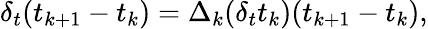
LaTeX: \delta_{t}(t_{k+1}-t_{k})=\Delta_{k}(\delta_{t}t_{k})(t_{k+1}-t_{k}),